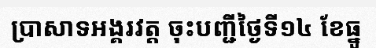
ប្រាសាទអង្គរវត្ត ចុះបញ្ជីថ្ងៃទី១៤ ខែធ្នូ